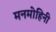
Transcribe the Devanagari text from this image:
मनमोहिनी